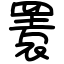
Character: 瞏